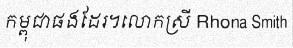
កម្ពុជាផងដែរ។លោកស្រី Rhona Smith